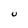
Character: U